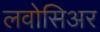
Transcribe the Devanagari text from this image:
लवोसिअर